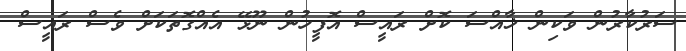
ސަރުކާރުން ވަކިން ޚާއްސަ ކޮށް ރައީސް އޮފީހުން ނޫޅޭ އެއްގޮތަކަށް ވެސް ރައީސް